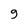
Character: 9